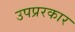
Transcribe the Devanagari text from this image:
उपप्ररकार